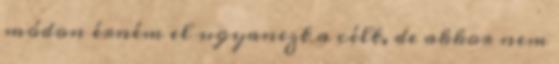
módon érném el ugyanezt a célt, de akkor nem